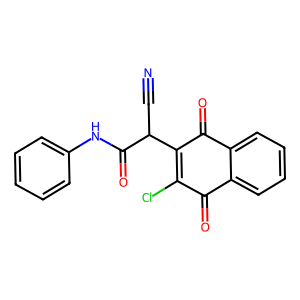
SMILES: N#CC(C(=O)Nc1ccccc1)C1=C(Cl)C(=O)c2ccccc2C1=O
Inhibits HIV replication: No